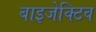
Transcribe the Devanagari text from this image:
बाइजेक्टिव